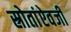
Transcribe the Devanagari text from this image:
स्रोतांऐवजी